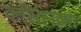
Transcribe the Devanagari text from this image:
कर्सिलामा